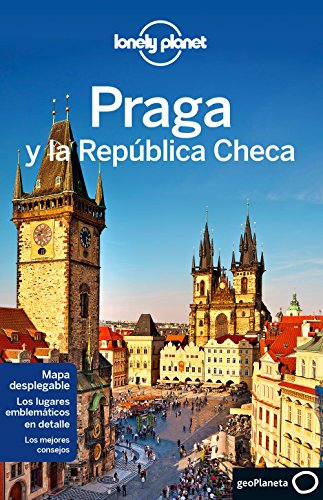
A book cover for Lonely Planet Praga y la Republica Checa (Travel Guide) (Spanish Edition); Lonely Planet; Travel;